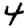
Digit: 4